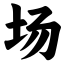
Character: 场